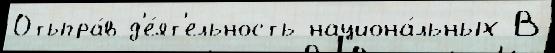
Отыгра́в д'е́ят'ельность национа́льных В